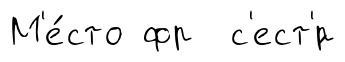
М'е́сто фр с'ест'́р